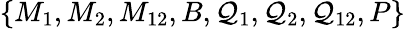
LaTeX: \{ M_{1},M_{2},M_{12},B,\mathcal{Q}_{1},\mathcal{Q}_{2},\mathcal{Q}_{12},P\}